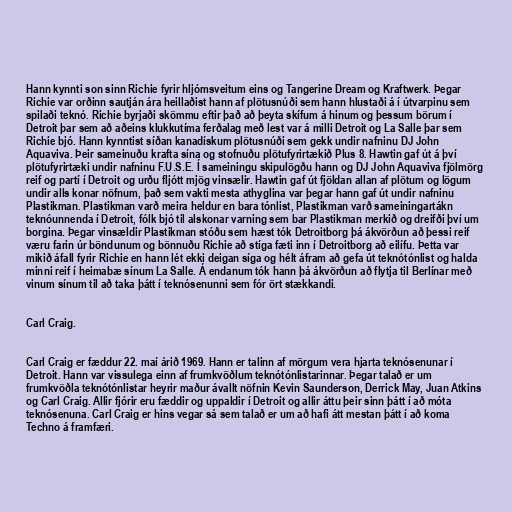
Hann kynnti son sinn Richie fyrir hljómsveitum eins og Tangerine Dream og Kraftwerk. Þegar
Richie var orðinn sautján ára heillaðist hann af plötusnúði sem hann hlustaði á í útvarpinu sem
spilaði teknó. Richie byrjaði skömmu eftir það að þeyta skífum á hinum og þessum börum í
Detroit þar sem að aðeins klukkutíma ferðalag með lest var á milli Detroit og La Salle þar sem
Richie bjó. Hann kynntist síðan kanadískum plötusnúði sem gekk undir nafninu DJ John
Aquaviva. Þeir sameinuðu krafta sína og stofnuðu plötufyrirtækið Plus 8. Hawtin gaf út á því
plötufyrirtæki undir nafninu F.U.S.E. Í sameiningu skipulögðu hann og DJ John Aquaviva fjölmörg
reif og partí í Detroit og urðu fljótt mjög vinsælir. Hawtin gaf út fjöldan allan af plötum og lögum
undir alls konar nöfnum, það sem vakti mesta athyglina var þegar hann gaf út undir nafninu
Plastikman. Plastikman varð meira heldur en bara tónlist, Plastikman varð sameiningartákn
teknóunnenda í Detroit, fólk bjó til alskonar varning sem bar Plastikman merkið og dreifði því um
borgina. Þegar vinsældir Plastikman stóðu sem hæst tók Detroitborg þá ákvörðun að þessi reif
væru farin úr böndunum og bönnuðu Richie að stíga fæti inn í Detroitborg að eilífu. Þetta var
mikið áfall fyrir Richie en hann lét ekki deigan síga og hélt áfram að gefa út teknótónlist og halda
minni reif í heimabæ sínum La Salle. Á endanum tók hann þá ákvörðun að flytja til Berlínar með
vinum sínum til að taka þátt í teknósenunni sem fór ört stækkandi.

Carl Craig.

Carl Craig er fæddur 22. maí árið 1969. Hann er talinn af mörgum vera hjarta teknósenunar í
Detroit. Hann var vissulega einn af frumkvöðlum teknótónlistarinnar. Þegar talað er um
frumkvöðla teknótónlistar heyrir maður ávallt nöfnin Kevin Saunderson, Derrick May, Juan Atkins
og Carl Craig. Allir fjórir eru fæddir og uppaldir í Detroit og allir áttu þeir sinn þátt í að móta
teknósenuna. Carl Craig er hins vegar sá sem talað er um að hafi átt mestan þátt í að koma
Techno á framfæri.